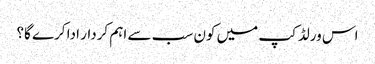
اس ورلڈکپ میں کون سب سے اہم کردار ادا کرے گا؟